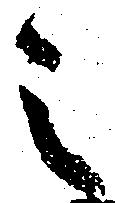
之